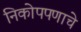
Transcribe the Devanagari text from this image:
निकोपपणाचे